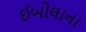
ઈબોલાના